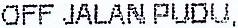
OFF JALAN PUDU,